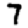
Digit: 7